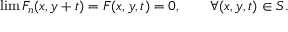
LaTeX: \operatorname* { l i m } F _ { n } ( x , y + t ) = F ( x , y , t ) = 0 , \quad \quad \forall ( x , y , t ) \in S .